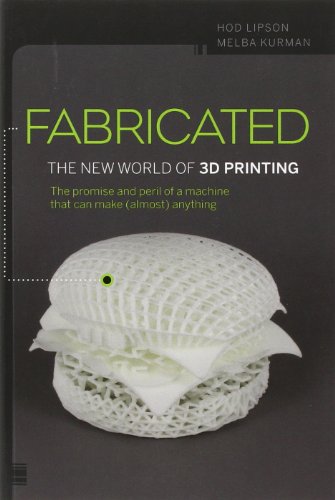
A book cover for Fabricated: The New World of 3D Printing; Hod Lipson; Business & Money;